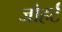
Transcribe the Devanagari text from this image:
जोहर्ट